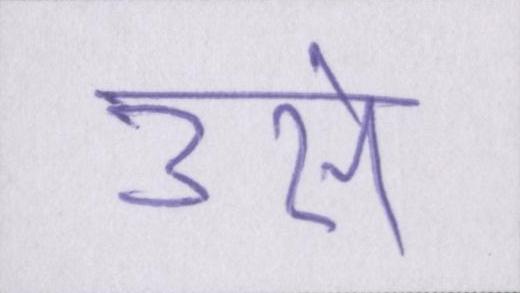
उसे